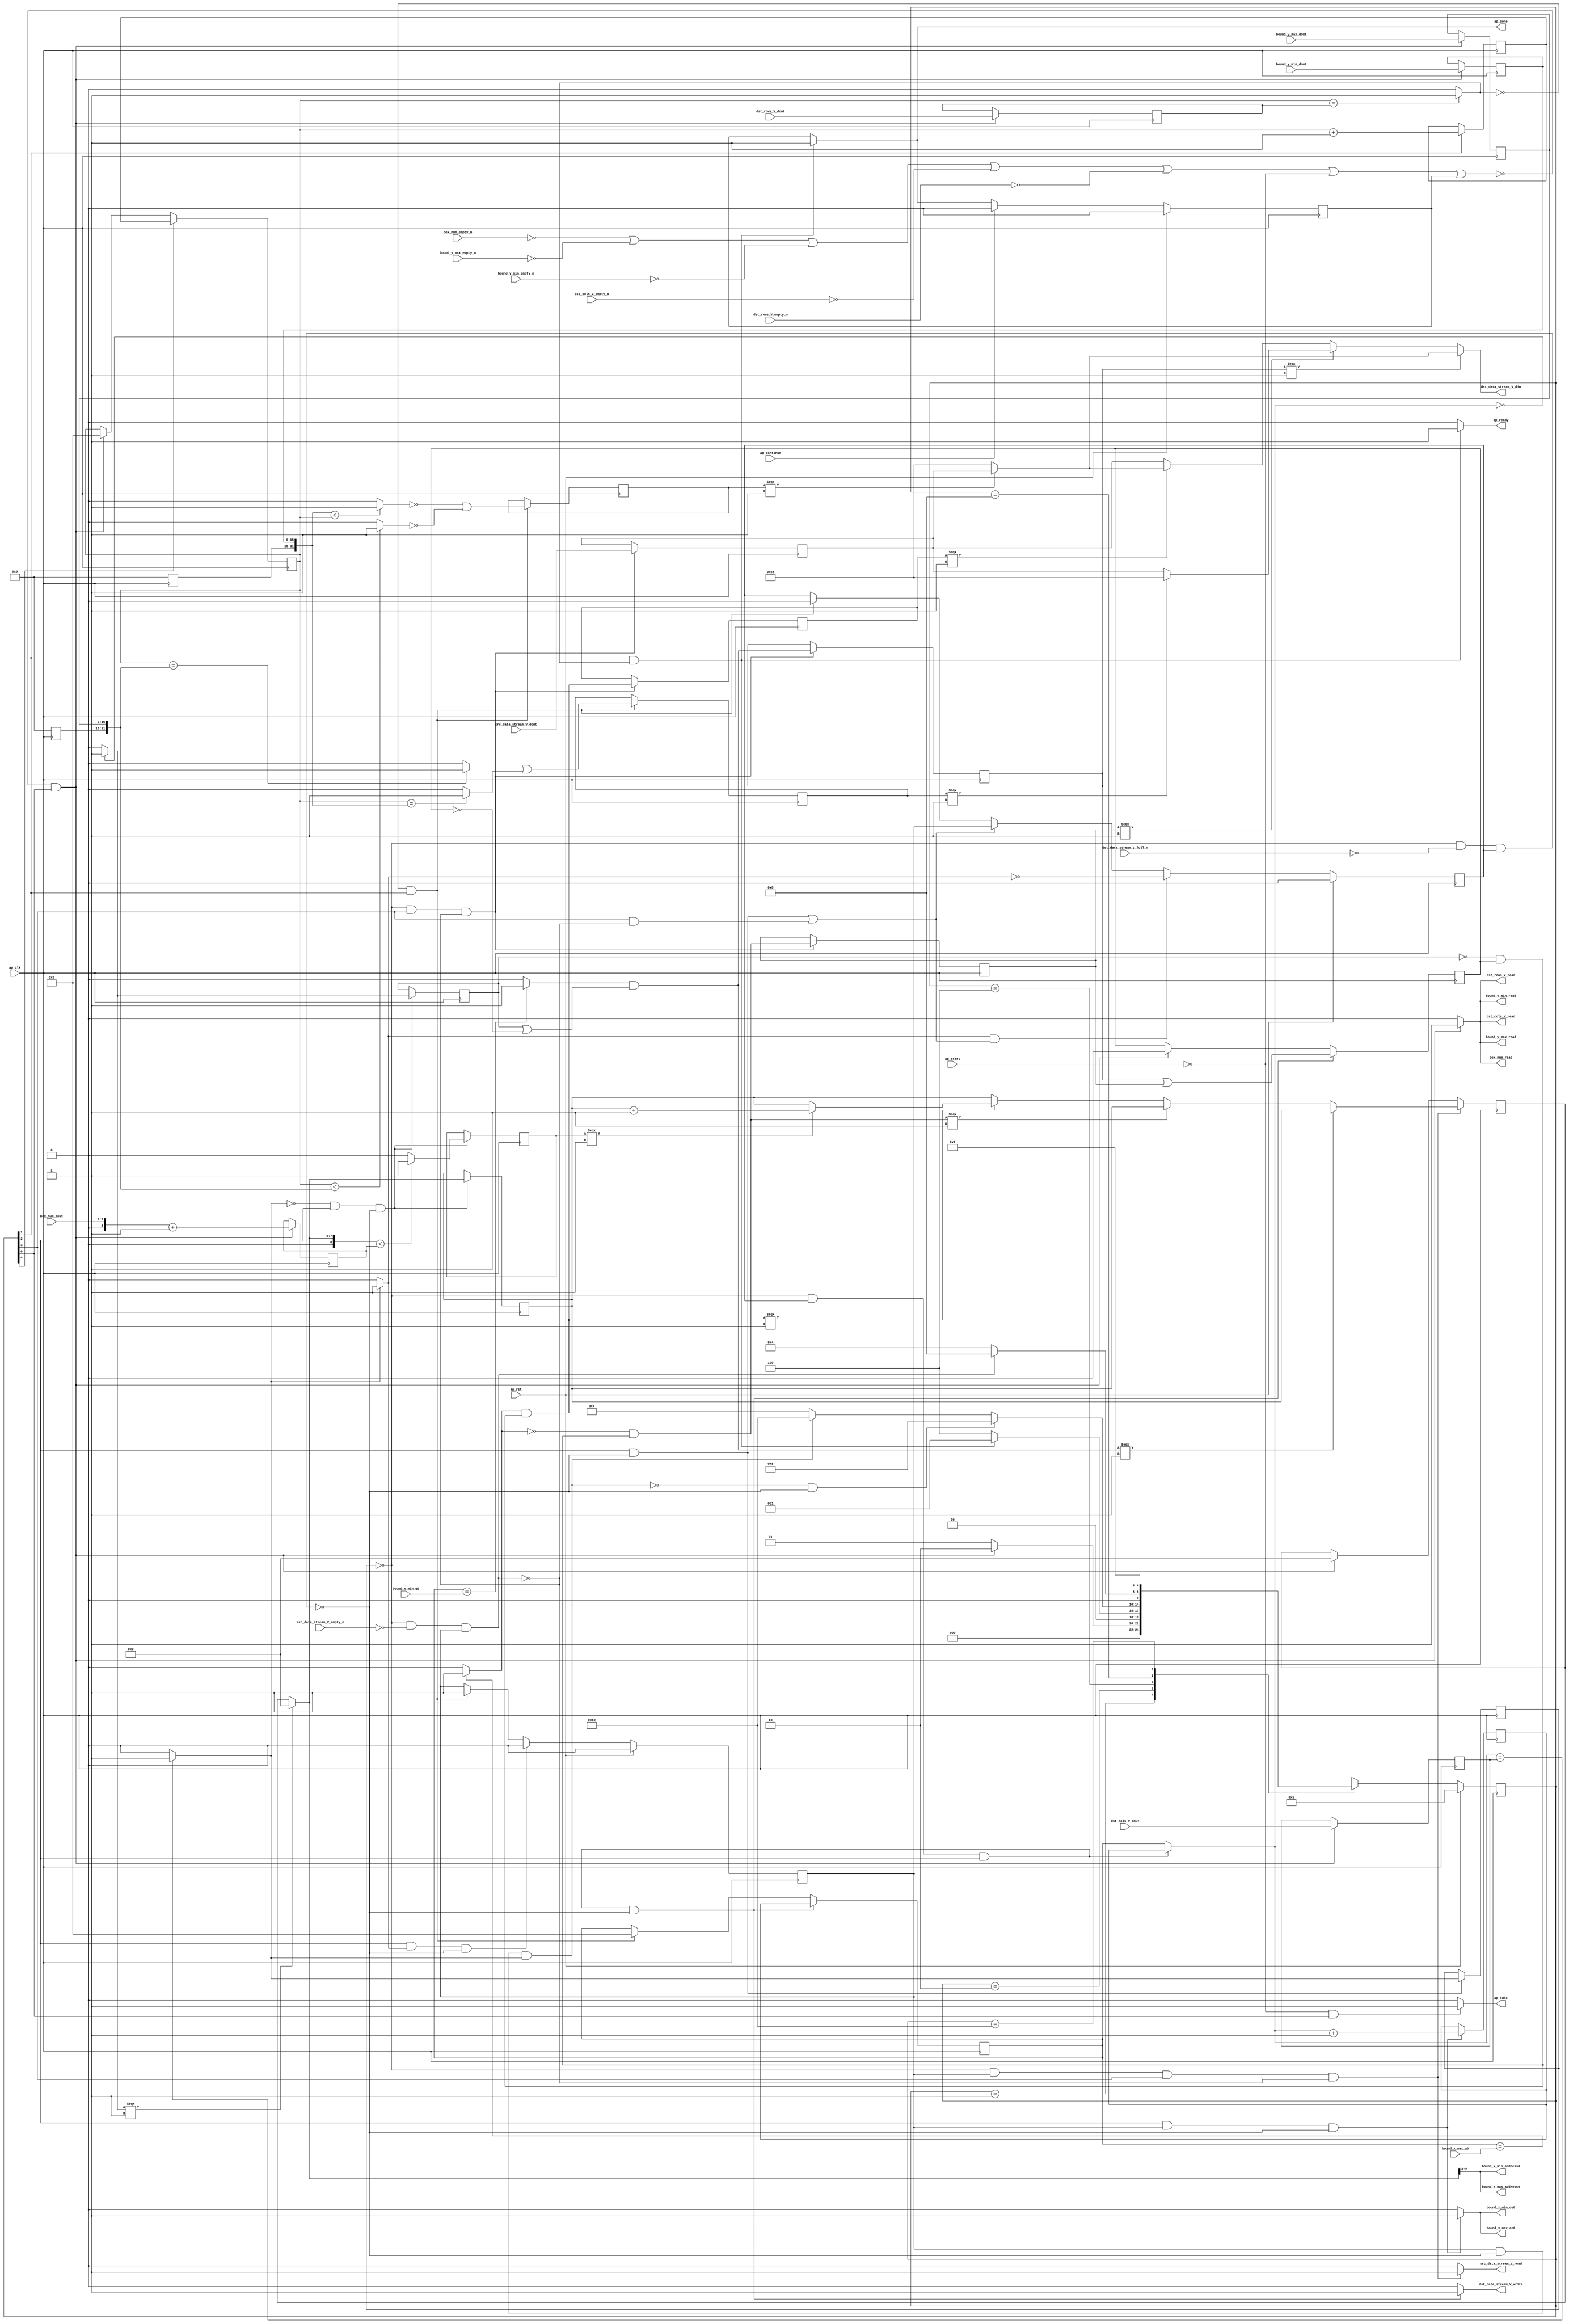
module draw_line (
        ap_clk,
        ap_rst,
        ap_start,
        ap_done,
        ap_continue,
        ap_idle,
        ap_ready,
        src_data_stream_V_dout,
        src_data_stream_V_empty_n,
        src_data_stream_V_read,
        dst_rows_V_dout,
        dst_rows_V_empty_n,
        dst_rows_V_read,
        dst_cols_V_dout,
        dst_cols_V_empty_n,
        dst_cols_V_read,
        dst_data_stream_V_din,
        dst_data_stream_V_full_n,
        dst_data_stream_V_write,
        bound_x_min_address0,
        bound_x_min_ce0,
        bound_x_min_q0,
        bound_x_max_address0,
        bound_x_max_ce0,
        bound_x_max_q0,
        bound_y_min_dout,
        bound_y_min_empty_n,
        bound_y_min_read,
        bound_y_max_dout,
        bound_y_max_empty_n,
        bound_y_max_read,
        box_num_dout,
        box_num_empty_n,
        box_num_read
);

parameter    ap_ST_fsm_state1 = 5'd1;
parameter    ap_ST_fsm_state2 = 5'd2;
parameter    ap_ST_fsm_pp0_stage0 = 5'd4;
parameter    ap_ST_fsm_pp0_stage1 = 5'd8;
parameter    ap_ST_fsm_state6 = 5'd16;

input   ap_clk;
input   ap_rst;
input   ap_start;
output   ap_done;
input   ap_continue;
output   ap_idle;
output   ap_ready;
input  [7:0] src_data_stream_V_dout;
input   src_data_stream_V_empty_n;
output   src_data_stream_V_read;
input  [31:0] dst_rows_V_dout;
input   dst_rows_V_empty_n;
output   dst_rows_V_read;
input  [31:0] dst_cols_V_dout;
input   dst_cols_V_empty_n;
output   dst_cols_V_read;
output  [7:0] dst_data_stream_V_din;
input   dst_data_stream_V_full_n;
output   dst_data_stream_V_write;
output  [2:0] bound_x_min_address0;
output   bound_x_min_ce0;
input  [15:0] bound_x_min_q0;
output  [2:0] bound_x_max_address0;
output   bound_x_max_ce0;
input  [15:0] bound_x_max_q0;
input  [15:0] bound_y_min_dout;
input   bound_y_min_empty_n;
output   bound_y_min_read;
input  [15:0] bound_y_max_dout;
input   bound_y_max_empty_n;
output   bound_y_max_read;
input  [7:0] box_num_dout;
input   box_num_empty_n;
output   box_num_read;

reg ap_done;
reg ap_idle;
reg ap_ready;
reg src_data_stream_V_read;
reg dst_rows_V_read;
reg dst_cols_V_read;
reg dst_data_stream_V_write;
reg bound_x_min_ce0;
reg bound_x_max_ce0;
reg bound_y_min_read;
reg bound_y_max_read;
reg box_num_read;

reg    ap_done_reg;
(* fsm_encoding = "none" *) reg   [4:0] ap_CS_fsm;
wire    ap_CS_fsm_state1;
reg    src_data_stream_V_blk_n;
wire    ap_CS_fsm_pp0_stage1;
reg    ap_enable_reg_pp0_iter0;
wire    ap_block_pp0_stage1;
reg   [0:0] exitcond_i_reg_600;
reg    dst_rows_V_blk_n;
reg    dst_cols_V_blk_n;
reg    dst_data_stream_V_blk_n;
wire    ap_CS_fsm_pp0_stage0;
reg    ap_enable_reg_pp0_iter1;
wire    ap_block_pp0_stage0;
reg    bound_y_min_blk_n;
reg    bound_y_max_blk_n;
reg    box_num_blk_n;
reg   [31:0] t_V_2_reg_254;
reg   [31:0] rows_V_reg_554;
reg    ap_block_state1;
reg   [31:0] cols_V_reg_559;
wire   [31:0] tmp_i_fu_266_p1;
reg   [31:0] tmp_i_reg_564;
wire   [31:0] tmp_8_i_fu_270_p1;
reg   [31:0] tmp_8_i_reg_570;
wire   [8:0] tmp_i_22_fu_278_p2;
reg   [8:0] tmp_i_22_reg_576;
wire   [0:0] exitcond2_i_fu_294_p2;
wire    ap_CS_fsm_state2;
wire   [31:0] i_V_fu_299_p2;
reg   [31:0] i_V_reg_585;
wire   [0:0] brmerge1_i_fu_337_p2;
reg   [0:0] brmerge1_i_reg_590;
wire   [0:0] brmerge2_i_fu_343_p2;
reg   [0:0] brmerge2_i_reg_595;
wire   [0:0] exitcond_i_fu_349_p2;
wire    ap_block_state3_pp0_stage0_iter0;
reg    ap_block_state5_pp0_stage0_iter1;
reg    ap_block_pp0_stage0_11001;
wire   [31:0] j_V_fu_354_p2;
reg   [31:0] j_V_reg_604;
wire   [0:0] tmp_3_i_fu_363_p2;
reg   [0:0] tmp_3_i_reg_609;
wire   [7:0] p_character_index_1_i_fu_369_p3;
reg   [7:0] p_character_index_1_i_reg_615;
wire   [0:0] tmp_14_i_fu_387_p2;
reg   [0:0] tmp_14_i_reg_634;
reg   [7:0] tmp_2_reg_639;
reg    ap_block_state4_pp0_stage1_iter0;
reg    ap_block_pp0_stage1_11001;
wire   [0:0] sel_tmp_fu_437_p2;
reg   [0:0] sel_tmp_reg_646;
wire   [0:0] sel_tmp3_fu_449_p2;
reg   [0:0] sel_tmp3_reg_651;
wire   [0:0] sel_tmp6_fu_466_p2;
reg   [0:0] sel_tmp6_reg_657;
reg    ap_block_pp0_stage0_subdone;
reg    ap_condition_pp0_exit_iter0_state3;
reg    ap_block_pp0_stage1_subdone;
reg   [31:0] t_V_reg_243;
wire    ap_CS_fsm_state6;
reg   [31:0] ap_phi_mux_t_V_2_phi_fu_258_p4;
wire   [63:0] tmp_4_i_fu_377_p1;
reg    ap_block_pp0_stage0_01001;
reg   [0:0] inBlock_i_fu_166;
wire   [0:0] inBlock_6_i_fu_531_p2;
reg   [7:0] character_index_i_fu_170;
wire   [7:0] character_index_5_i_fu_486_p3;
wire   [8:0] tmp_9_cast_i_fu_274_p1;
wire   [0:0] ult_fu_315_p2;
wire   [0:0] ult1_fu_326_p2;
wire   [0:0] rev_fu_320_p2;
wire   [0:0] rev1_fu_331_p2;
wire   [0:0] tmp_1_i_fu_305_p2;
wire   [0:0] tmp_2_i_fu_310_p2;
wire   [8:0] tmp_13_cast_i_fu_383_p1;
wire   [0:0] not_i_fu_395_p2;
wire   [31:0] tmp_6_i_fu_406_p1;
wire   [31:0] tmp_11_i_fu_416_p1;
wire   [7:0] tmp_15_i_fu_426_p2;
wire   [0:0] p_inBlock_1_i_fu_400_p2;
wire   [0:0] tmp_7_i_fu_410_p2;
wire   [0:0] sel_tmp2_fu_443_p2;
wire   [0:0] inBlock_1_i_not_fu_455_p2;
wire   [0:0] sel_tmp5_fu_461_p2;
wire   [0:0] tmp_12_i_fu_420_p2;
wire   [7:0] character_index_fu_431_p3;
wire   [7:0] sel_tmp9_fu_472_p3;
wire   [7:0] sel_tmp1_fu_479_p3;
wire   [7:0] d_val_0_1_fu_498_p3;
wire   [7:0] d_val_0_2_fu_504_p3;
wire   [7:0] d_val_0_3_fu_510_p3;
wire   [7:0] d_val_0_4_fu_516_p3;
reg   [4:0] ap_NS_fsm;
reg    ap_idle_pp0;
wire    ap_enable_pp0;

// power-on initialization
initial begin
#0 ap_done_reg = 1'b0;
#0 ap_CS_fsm = 5'd1;
#0 ap_enable_reg_pp0_iter0 = 1'b0;
#0 ap_enable_reg_pp0_iter1 = 1'b0;
end

always @ (posedge ap_clk) begin
    if (ap_rst == 1'b1) begin
        ap_CS_fsm <= ap_ST_fsm_state1;
    end else begin
        ap_CS_fsm <= ap_NS_fsm;
    end
end

always @ (posedge ap_clk) begin
    if (ap_rst == 1'b1) begin
        ap_done_reg <= 1'b0;
    end else begin
        if ((ap_continue == 1'b1)) begin
            ap_done_reg <= 1'b0;
        end else if (((1'b1 == ap_CS_fsm_state2) & (exitcond2_i_fu_294_p2 == 1'd1))) begin
            ap_done_reg <= 1'b1;
        end
    end
end

always @ (posedge ap_clk) begin
    if (ap_rst == 1'b1) begin
        ap_enable_reg_pp0_iter0 <= 1'b0;
    end else begin
        if (((1'b1 == ap_CS_fsm_pp0_stage0) & (1'b1 == ap_condition_pp0_exit_iter0_state3) & (1'b0 == ap_block_pp0_stage0_subdone))) begin
            ap_enable_reg_pp0_iter0 <= 1'b0;
        end else if (((exitcond2_i_fu_294_p2 == 1'd0) & (1'b1 == ap_CS_fsm_state2))) begin
            ap_enable_reg_pp0_iter0 <= 1'b1;
        end
    end
end

always @ (posedge ap_clk) begin
    if (ap_rst == 1'b1) begin
        ap_enable_reg_pp0_iter1 <= 1'b0;
    end else begin
        if (((1'b1 == ap_condition_pp0_exit_iter0_state3) & (((1'b1 == ap_CS_fsm_pp0_stage0) & (1'b0 == ap_block_pp0_stage0_subdone)) | ((1'b1 == ap_CS_fsm_pp0_stage1) & (1'b0 == ap_block_pp0_stage1_subdone))))) begin
            ap_enable_reg_pp0_iter1 <= (1'b1 ^ ap_condition_pp0_exit_iter0_state3);
        end else if ((((1'b1 == ap_CS_fsm_pp0_stage0) & (1'b0 == ap_block_pp0_stage0_subdone)) | ((1'b1 == ap_CS_fsm_pp0_stage1) & (1'b0 == ap_block_pp0_stage1_subdone)))) begin
            ap_enable_reg_pp0_iter1 <= ap_enable_reg_pp0_iter0;
        end else if (((exitcond2_i_fu_294_p2 == 1'd0) & (1'b1 == ap_CS_fsm_state2))) begin
            ap_enable_reg_pp0_iter1 <= 1'b0;
        end
    end
end

always @ (posedge ap_clk) begin
    if (((exitcond_i_reg_600 == 1'd0) & (ap_enable_reg_pp0_iter0 == 1'b1) & (1'b1 == ap_CS_fsm_pp0_stage1) & (1'b0 == ap_block_pp0_stage1_11001))) begin
        character_index_i_fu_170 <= character_index_5_i_fu_486_p3;
    end else if ((~((box_num_empty_n == 1'b0) | (bound_y_max_empty_n == 1'b0) | (bound_y_min_empty_n == 1'b0) | (dst_cols_V_empty_n == 1'b0) | (dst_rows_V_empty_n == 1'b0) | (ap_start == 1'b0) | (ap_done_reg == 1'b1)) & (1'b1 == ap_CS_fsm_state1))) begin
        character_index_i_fu_170 <= 8'd0;
    end
end

always @ (posedge ap_clk) begin
    if (((exitcond_i_reg_600 == 1'd0) & (ap_enable_reg_pp0_iter1 == 1'b1) & (1'b1 == ap_CS_fsm_pp0_stage0) & (1'b0 == ap_block_pp0_stage0_11001))) begin
        inBlock_i_fu_166 <= inBlock_6_i_fu_531_p2;
    end else if ((~((box_num_empty_n == 1'b0) | (bound_y_max_empty_n == 1'b0) | (bound_y_min_empty_n == 1'b0) | (dst_cols_V_empty_n == 1'b0) | (dst_rows_V_empty_n == 1'b0) | (ap_start == 1'b0) | (ap_done_reg == 1'b1)) & (1'b1 == ap_CS_fsm_state1))) begin
        inBlock_i_fu_166 <= 1'd0;
    end
end

always @ (posedge ap_clk) begin
    if (((exitcond_i_reg_600 == 1'd0) & (ap_enable_reg_pp0_iter1 == 1'b1) & (1'b1 == ap_CS_fsm_pp0_stage0) & (1'b0 == ap_block_pp0_stage0_11001))) begin
        t_V_2_reg_254 <= j_V_reg_604;
    end else if (((exitcond2_i_fu_294_p2 == 1'd0) & (1'b1 == ap_CS_fsm_state2))) begin
        t_V_2_reg_254 <= 32'd0;
    end
end

always @ (posedge ap_clk) begin
    if ((1'b1 == ap_CS_fsm_state6)) begin
        t_V_reg_243 <= i_V_reg_585;
    end else if ((~((box_num_empty_n == 1'b0) | (bound_y_max_empty_n == 1'b0) | (bound_y_min_empty_n == 1'b0) | (dst_cols_V_empty_n == 1'b0) | (dst_rows_V_empty_n == 1'b0) | (ap_start == 1'b0) | (ap_done_reg == 1'b1)) & (1'b1 == ap_CS_fsm_state1))) begin
        t_V_reg_243 <= 32'd0;
    end
end

always @ (posedge ap_clk) begin
    if (((exitcond2_i_fu_294_p2 == 1'd0) & (1'b1 == ap_CS_fsm_state2))) begin
        brmerge1_i_reg_590 <= brmerge1_i_fu_337_p2;
        brmerge2_i_reg_595 <= brmerge2_i_fu_343_p2;
    end
end

always @ (posedge ap_clk) begin
    if ((~((box_num_empty_n == 1'b0) | (bound_y_max_empty_n == 1'b0) | (bound_y_min_empty_n == 1'b0) | (dst_cols_V_empty_n == 1'b0) | (dst_rows_V_empty_n == 1'b0) | (ap_start == 1'b0) | (ap_done_reg == 1'b1)) & (1'b1 == ap_CS_fsm_state1))) begin
        cols_V_reg_559 <= dst_cols_V_dout;
        rows_V_reg_554 <= dst_rows_V_dout;
        tmp_8_i_reg_570[15 : 0] <= tmp_8_i_fu_270_p1[15 : 0];
        tmp_i_22_reg_576 <= tmp_i_22_fu_278_p2;
        tmp_i_reg_564[15 : 0] <= tmp_i_fu_266_p1[15 : 0];
    end
end

always @ (posedge ap_clk) begin
    if (((1'b1 == ap_CS_fsm_pp0_stage0) & (1'b0 == ap_block_pp0_stage0_11001))) begin
        exitcond_i_reg_600 <= exitcond_i_fu_349_p2;
    end
end

always @ (posedge ap_clk) begin
    if ((1'b1 == ap_CS_fsm_state2)) begin
        i_V_reg_585 <= i_V_fu_299_p2;
    end
end

always @ (posedge ap_clk) begin
    if (((1'b1 == ap_CS_fsm_pp0_stage0) & (ap_enable_reg_pp0_iter0 == 1'b1) & (1'b0 == ap_block_pp0_stage0_11001))) begin
        j_V_reg_604 <= j_V_fu_354_p2;
    end
end

always @ (posedge ap_clk) begin
    if (((exitcond_i_fu_349_p2 == 1'd0) & (1'b1 == ap_CS_fsm_pp0_stage0) & (1'b0 == ap_block_pp0_stage0_11001))) begin
        p_character_index_1_i_reg_615 <= p_character_index_1_i_fu_369_p3;
        tmp_14_i_reg_634 <= tmp_14_i_fu_387_p2;
        tmp_3_i_reg_609 <= tmp_3_i_fu_363_p2;
    end
end

always @ (posedge ap_clk) begin
    if (((exitcond_i_reg_600 == 1'd0) & (1'b1 == ap_CS_fsm_pp0_stage1) & (1'b0 == ap_block_pp0_stage1_11001))) begin
        sel_tmp3_reg_651 <= sel_tmp3_fu_449_p2;
        sel_tmp6_reg_657 <= sel_tmp6_fu_466_p2;
        sel_tmp_reg_646 <= sel_tmp_fu_437_p2;
        tmp_2_reg_639 <= src_data_stream_V_dout;
    end
end

always @ (*) begin
    if ((exitcond_i_fu_349_p2 == 1'd1)) begin
        ap_condition_pp0_exit_iter0_state3 = 1'b1;
    end else begin
        ap_condition_pp0_exit_iter0_state3 = 1'b0;
    end
end

always @ (*) begin
    if (((1'b1 == ap_CS_fsm_state2) & (exitcond2_i_fu_294_p2 == 1'd1))) begin
        ap_done = 1'b1;
    end else begin
        ap_done = ap_done_reg;
    end
end

always @ (*) begin
    if (((ap_start == 1'b0) & (1'b1 == ap_CS_fsm_state1))) begin
        ap_idle = 1'b1;
    end else begin
        ap_idle = 1'b0;
    end
end

always @ (*) begin
    if (((ap_enable_reg_pp0_iter1 == 1'b0) & (ap_enable_reg_pp0_iter0 == 1'b0))) begin
        ap_idle_pp0 = 1'b1;
    end else begin
        ap_idle_pp0 = 1'b0;
    end
end

always @ (*) begin
    if (((1'b0 == ap_block_pp0_stage0) & (exitcond_i_reg_600 == 1'd0) & (ap_enable_reg_pp0_iter1 == 1'b1) & (1'b1 == ap_CS_fsm_pp0_stage0))) begin
        ap_phi_mux_t_V_2_phi_fu_258_p4 = j_V_reg_604;
    end else begin
        ap_phi_mux_t_V_2_phi_fu_258_p4 = t_V_2_reg_254;
    end
end

always @ (*) begin
    if (((1'b1 == ap_CS_fsm_state2) & (exitcond2_i_fu_294_p2 == 1'd1))) begin
        ap_ready = 1'b1;
    end else begin
        ap_ready = 1'b0;
    end
end

always @ (*) begin
    if (((1'b1 == ap_CS_fsm_pp0_stage0) & (ap_enable_reg_pp0_iter0 == 1'b1) & (1'b0 == ap_block_pp0_stage0_11001))) begin
        bound_x_max_ce0 = 1'b1;
    end else begin
        bound_x_max_ce0 = 1'b0;
    end
end

always @ (*) begin
    if (((1'b1 == ap_CS_fsm_pp0_stage0) & (ap_enable_reg_pp0_iter0 == 1'b1) & (1'b0 == ap_block_pp0_stage0_11001))) begin
        bound_x_min_ce0 = 1'b1;
    end else begin
        bound_x_min_ce0 = 1'b0;
    end
end

always @ (*) begin
    if ((~((ap_start == 1'b0) | (ap_done_reg == 1'b1)) & (1'b1 == ap_CS_fsm_state1))) begin
        bound_y_max_blk_n = bound_y_max_empty_n;
    end else begin
        bound_y_max_blk_n = 1'b1;
    end
end

always @ (*) begin
    if ((~((box_num_empty_n == 1'b0) | (bound_y_max_empty_n == 1'b0) | (bound_y_min_empty_n == 1'b0) | (dst_cols_V_empty_n == 1'b0) | (dst_rows_V_empty_n == 1'b0) | (ap_start == 1'b0) | (ap_done_reg == 1'b1)) & (1'b1 == ap_CS_fsm_state1))) begin
        bound_y_max_read = 1'b1;
    end else begin
        bound_y_max_read = 1'b0;
    end
end

always @ (*) begin
    if ((~((ap_start == 1'b0) | (ap_done_reg == 1'b1)) & (1'b1 == ap_CS_fsm_state1))) begin
        bound_y_min_blk_n = bound_y_min_empty_n;
    end else begin
        bound_y_min_blk_n = 1'b1;
    end
end

always @ (*) begin
    if ((~((box_num_empty_n == 1'b0) | (bound_y_max_empty_n == 1'b0) | (bound_y_min_empty_n == 1'b0) | (dst_cols_V_empty_n == 1'b0) | (dst_rows_V_empty_n == 1'b0) | (ap_start == 1'b0) | (ap_done_reg == 1'b1)) & (1'b1 == ap_CS_fsm_state1))) begin
        bound_y_min_read = 1'b1;
    end else begin
        bound_y_min_read = 1'b0;
    end
end

always @ (*) begin
    if ((~((ap_start == 1'b0) | (ap_done_reg == 1'b1)) & (1'b1 == ap_CS_fsm_state1))) begin
        box_num_blk_n = box_num_empty_n;
    end else begin
        box_num_blk_n = 1'b1;
    end
end

always @ (*) begin
    if ((~((box_num_empty_n == 1'b0) | (bound_y_max_empty_n == 1'b0) | (bound_y_min_empty_n == 1'b0) | (dst_cols_V_empty_n == 1'b0) | (dst_rows_V_empty_n == 1'b0) | (ap_start == 1'b0) | (ap_done_reg == 1'b1)) & (1'b1 == ap_CS_fsm_state1))) begin
        box_num_read = 1'b1;
    end else begin
        box_num_read = 1'b0;
    end
end

always @ (*) begin
    if ((~((ap_start == 1'b0) | (ap_done_reg == 1'b1)) & (1'b1 == ap_CS_fsm_state1))) begin
        dst_cols_V_blk_n = dst_cols_V_empty_n;
    end else begin
        dst_cols_V_blk_n = 1'b1;
    end
end

always @ (*) begin
    if ((~((box_num_empty_n == 1'b0) | (bound_y_max_empty_n == 1'b0) | (bound_y_min_empty_n == 1'b0) | (dst_cols_V_empty_n == 1'b0) | (dst_rows_V_empty_n == 1'b0) | (ap_start == 1'b0) | (ap_done_reg == 1'b1)) & (1'b1 == ap_CS_fsm_state1))) begin
        dst_cols_V_read = 1'b1;
    end else begin
        dst_cols_V_read = 1'b0;
    end
end

always @ (*) begin
    if (((1'b0 == ap_block_pp0_stage0) & (exitcond_i_reg_600 == 1'd0) & (ap_enable_reg_pp0_iter1 == 1'b1) & (1'b1 == ap_CS_fsm_pp0_stage0))) begin
        dst_data_stream_V_blk_n = dst_data_stream_V_full_n;
    end else begin
        dst_data_stream_V_blk_n = 1'b1;
    end
end

always @ (*) begin
    if (((exitcond_i_reg_600 == 1'd0) & (ap_enable_reg_pp0_iter1 == 1'b1) & (1'b1 == ap_CS_fsm_pp0_stage0) & (1'b0 == ap_block_pp0_stage0_11001))) begin
        dst_data_stream_V_write = 1'b1;
    end else begin
        dst_data_stream_V_write = 1'b0;
    end
end

always @ (*) begin
    if ((~((ap_start == 1'b0) | (ap_done_reg == 1'b1)) & (1'b1 == ap_CS_fsm_state1))) begin
        dst_rows_V_blk_n = dst_rows_V_empty_n;
    end else begin
        dst_rows_V_blk_n = 1'b1;
    end
end

always @ (*) begin
    if ((~((box_num_empty_n == 1'b0) | (bound_y_max_empty_n == 1'b0) | (bound_y_min_empty_n == 1'b0) | (dst_cols_V_empty_n == 1'b0) | (dst_rows_V_empty_n == 1'b0) | (ap_start == 1'b0) | (ap_done_reg == 1'b1)) & (1'b1 == ap_CS_fsm_state1))) begin
        dst_rows_V_read = 1'b1;
    end else begin
        dst_rows_V_read = 1'b0;
    end
end

always @ (*) begin
    if (((exitcond_i_reg_600 == 1'd0) & (1'b0 == ap_block_pp0_stage1) & (ap_enable_reg_pp0_iter0 == 1'b1) & (1'b1 == ap_CS_fsm_pp0_stage1))) begin
        src_data_stream_V_blk_n = src_data_stream_V_empty_n;
    end else begin
        src_data_stream_V_blk_n = 1'b1;
    end
end

always @ (*) begin
    if (((exitcond_i_reg_600 == 1'd0) & (ap_enable_reg_pp0_iter0 == 1'b1) & (1'b1 == ap_CS_fsm_pp0_stage1) & (1'b0 == ap_block_pp0_stage1_11001))) begin
        src_data_stream_V_read = 1'b1;
    end else begin
        src_data_stream_V_read = 1'b0;
    end
end

always @ (*) begin
    case (ap_CS_fsm)
        ap_ST_fsm_state1 : begin
            if ((~((box_num_empty_n == 1'b0) | (bound_y_max_empty_n == 1'b0) | (bound_y_min_empty_n == 1'b0) | (dst_cols_V_empty_n == 1'b0) | (dst_rows_V_empty_n == 1'b0) | (ap_start == 1'b0) | (ap_done_reg == 1'b1)) & (1'b1 == ap_CS_fsm_state1))) begin
                ap_NS_fsm = ap_ST_fsm_state2;
            end else begin
                ap_NS_fsm = ap_ST_fsm_state1;
            end
        end
        ap_ST_fsm_state2 : begin
            if (((1'b1 == ap_CS_fsm_state2) & (exitcond2_i_fu_294_p2 == 1'd1))) begin
                ap_NS_fsm = ap_ST_fsm_state1;
            end else begin
                ap_NS_fsm = ap_ST_fsm_pp0_stage0;
            end
        end
        ap_ST_fsm_pp0_stage0 : begin
            if ((~((ap_enable_reg_pp0_iter0 == 1'b1) & (1'b0 == ap_block_pp0_stage0_subdone) & (exitcond_i_fu_349_p2 == 1'd1)) & (1'b0 == ap_block_pp0_stage0_subdone))) begin
                ap_NS_fsm = ap_ST_fsm_pp0_stage1;
            end else if (((ap_enable_reg_pp0_iter0 == 1'b1) & (1'b0 == ap_block_pp0_stage0_subdone) & (exitcond_i_fu_349_p2 == 1'd1))) begin
                ap_NS_fsm = ap_ST_fsm_state6;
            end else begin
                ap_NS_fsm = ap_ST_fsm_pp0_stage0;
            end
        end
        ap_ST_fsm_pp0_stage1 : begin
            if ((1'b0 == ap_block_pp0_stage1_subdone)) begin
                ap_NS_fsm = ap_ST_fsm_pp0_stage0;
            end else begin
                ap_NS_fsm = ap_ST_fsm_pp0_stage1;
            end
        end
        ap_ST_fsm_state6 : begin
            ap_NS_fsm = ap_ST_fsm_state2;
        end
        default : begin
            ap_NS_fsm = 'bx;
        end
    endcase
end

assign ap_CS_fsm_pp0_stage0 = ap_CS_fsm[32'd2];

assign ap_CS_fsm_pp0_stage1 = ap_CS_fsm[32'd3];

assign ap_CS_fsm_state1 = ap_CS_fsm[32'd0];

assign ap_CS_fsm_state2 = ap_CS_fsm[32'd1];

assign ap_CS_fsm_state6 = ap_CS_fsm[32'd4];

assign ap_block_pp0_stage0 = ~(1'b1 == 1'b1);

always @ (*) begin
    ap_block_pp0_stage0_01001 = ((exitcond_i_reg_600 == 1'd0) & (dst_data_stream_V_full_n == 1'b0) & (ap_enable_reg_pp0_iter1 == 1'b1));
end

always @ (*) begin
    ap_block_pp0_stage0_11001 = ((exitcond_i_reg_600 == 1'd0) & (dst_data_stream_V_full_n == 1'b0) & (ap_enable_reg_pp0_iter1 == 1'b1));
end

always @ (*) begin
    ap_block_pp0_stage0_subdone = ((exitcond_i_reg_600 == 1'd0) & (dst_data_stream_V_full_n == 1'b0) & (ap_enable_reg_pp0_iter1 == 1'b1));
end

assign ap_block_pp0_stage1 = ~(1'b1 == 1'b1);

always @ (*) begin
    ap_block_pp0_stage1_11001 = ((exitcond_i_reg_600 == 1'd0) & (src_data_stream_V_empty_n == 1'b0) & (ap_enable_reg_pp0_iter0 == 1'b1));
end

always @ (*) begin
    ap_block_pp0_stage1_subdone = ((exitcond_i_reg_600 == 1'd0) & (src_data_stream_V_empty_n == 1'b0) & (ap_enable_reg_pp0_iter0 == 1'b1));
end

always @ (*) begin
    ap_block_state1 = ((box_num_empty_n == 1'b0) | (bound_y_max_empty_n == 1'b0) | (bound_y_min_empty_n == 1'b0) | (dst_cols_V_empty_n == 1'b0) | (dst_rows_V_empty_n == 1'b0) | (ap_start == 1'b0) | (ap_done_reg == 1'b1));
end

assign ap_block_state3_pp0_stage0_iter0 = ~(1'b1 == 1'b1);

always @ (*) begin
    ap_block_state4_pp0_stage1_iter0 = ((exitcond_i_reg_600 == 1'd0) & (src_data_stream_V_empty_n == 1'b0));
end

always @ (*) begin
    ap_block_state5_pp0_stage0_iter1 = ((exitcond_i_reg_600 == 1'd0) & (dst_data_stream_V_full_n == 1'b0));
end

assign ap_enable_pp0 = (ap_idle_pp0 ^ 1'b1);

assign bound_x_max_address0 = tmp_4_i_fu_377_p1;

assign bound_x_min_address0 = tmp_4_i_fu_377_p1;

assign brmerge1_i_fu_337_p2 = (rev_fu_320_p2 | rev1_fu_331_p2);

assign brmerge2_i_fu_343_p2 = (tmp_2_i_fu_310_p2 | tmp_1_i_fu_305_p2);

assign character_index_5_i_fu_486_p3 = ((sel_tmp6_fu_466_p2[0:0] === 1'b1) ? p_character_index_1_i_reg_615 : sel_tmp1_fu_479_p3);

assign character_index_fu_431_p3 = ((tmp_14_i_reg_634[0:0] === 1'b1) ? tmp_15_i_fu_426_p2 : p_character_index_1_i_reg_615);

assign d_val_0_1_fu_498_p3 = ((brmerge1_i_reg_590[0:0] === 1'b1) ? tmp_2_reg_639 : 8'd200);

assign d_val_0_2_fu_504_p3 = ((brmerge2_i_reg_595[0:0] === 1'b1) ? 8'd200 : tmp_2_reg_639);

assign d_val_0_3_fu_510_p3 = ((sel_tmp_reg_646[0:0] === 1'b1) ? d_val_0_1_fu_498_p3 : tmp_2_reg_639);

assign d_val_0_4_fu_516_p3 = ((sel_tmp3_reg_651[0:0] === 1'b1) ? d_val_0_2_fu_504_p3 : d_val_0_3_fu_510_p3);

assign dst_data_stream_V_din = ((sel_tmp6_reg_657[0:0] === 1'b1) ? d_val_0_1_fu_498_p3 : d_val_0_4_fu_516_p3);

assign exitcond2_i_fu_294_p2 = ((t_V_reg_243 == rows_V_reg_554) ? 1'b1 : 1'b0);

assign exitcond_i_fu_349_p2 = ((ap_phi_mux_t_V_2_phi_fu_258_p4 == cols_V_reg_559) ? 1'b1 : 1'b0);

assign i_V_fu_299_p2 = (t_V_reg_243 + 32'd1);

assign inBlock_1_i_not_fu_455_p2 = (inBlock_i_fu_166 ^ 1'd1);

assign inBlock_6_i_fu_531_p2 = (sel_tmp6_reg_657 | sel_tmp3_reg_651);

assign j_V_fu_354_p2 = (ap_phi_mux_t_V_2_phi_fu_258_p4 + 32'd1);

assign not_i_fu_395_p2 = (tmp_3_i_reg_609 ^ 1'd1);

assign p_character_index_1_i_fu_369_p3 = ((tmp_3_i_fu_363_p2[0:0] === 1'b1) ? 8'd0 : character_index_i_fu_170);

assign p_inBlock_1_i_fu_400_p2 = (not_i_fu_395_p2 & inBlock_i_fu_166);

assign rev1_fu_331_p2 = (ult1_fu_326_p2 ^ 1'd1);

assign rev_fu_320_p2 = (ult_fu_315_p2 ^ 1'd1);

assign sel_tmp1_fu_479_p3 = ((sel_tmp3_fu_449_p2[0:0] === 1'b1) ? p_character_index_1_i_reg_615 : sel_tmp9_fu_472_p3);

assign sel_tmp2_fu_443_p2 = (tmp_7_i_fu_410_p2 ^ 1'd1);

assign sel_tmp3_fu_449_p2 = (sel_tmp2_fu_443_p2 & p_inBlock_1_i_fu_400_p2);

assign sel_tmp5_fu_461_p2 = (tmp_3_i_reg_609 | inBlock_1_i_not_fu_455_p2);

assign sel_tmp6_fu_466_p2 = (tmp_12_i_fu_420_p2 & sel_tmp5_fu_461_p2);

assign sel_tmp9_fu_472_p3 = ((sel_tmp_fu_437_p2[0:0] === 1'b1) ? character_index_fu_431_p3 : p_character_index_1_i_reg_615);

assign sel_tmp_fu_437_p2 = (tmp_7_i_fu_410_p2 & p_inBlock_1_i_fu_400_p2);

assign tmp_11_i_fu_416_p1 = bound_x_min_q0;

assign tmp_12_i_fu_420_p2 = ((t_V_2_reg_254 == tmp_11_i_fu_416_p1) ? 1'b1 : 1'b0);

assign tmp_13_cast_i_fu_383_p1 = p_character_index_1_i_fu_369_p3;

assign tmp_14_i_fu_387_p2 = (($signed(tmp_13_cast_i_fu_383_p1) < $signed(tmp_i_22_reg_576)) ? 1'b1 : 1'b0);

assign tmp_15_i_fu_426_p2 = (p_character_index_1_i_reg_615 + 8'd1);

assign tmp_1_i_fu_305_p2 = ((t_V_reg_243 == tmp_i_reg_564) ? 1'b1 : 1'b0);

assign tmp_2_i_fu_310_p2 = ((t_V_reg_243 == tmp_8_i_reg_570) ? 1'b1 : 1'b0);

assign tmp_3_i_fu_363_p2 = ((ap_phi_mux_t_V_2_phi_fu_258_p4 == 32'd0) ? 1'b1 : 1'b0);

assign tmp_4_i_fu_377_p1 = p_character_index_1_i_fu_369_p3;

assign tmp_6_i_fu_406_p1 = bound_x_max_q0;

assign tmp_7_i_fu_410_p2 = ((t_V_2_reg_254 == tmp_6_i_fu_406_p1) ? 1'b1 : 1'b0);

assign tmp_8_i_fu_270_p1 = bound_y_max_dout;

assign tmp_9_cast_i_fu_274_p1 = box_num_dout;

assign tmp_i_22_fu_278_p2 = ($signed(tmp_9_cast_i_fu_274_p1) + $signed(9'd511));

assign tmp_i_fu_266_p1 = bound_y_min_dout;

assign ult1_fu_326_p2 = ((t_V_reg_243 < tmp_8_i_reg_570) ? 1'b1 : 1'b0);

assign ult_fu_315_p2 = ((tmp_i_reg_564 < t_V_reg_243) ? 1'b1 : 1'b0);

always @ (posedge ap_clk) begin
    tmp_i_reg_564[31:16] <= 16'b0000000000000000;
    tmp_8_i_reg_570[31:16] <= 16'b0000000000000000;
end

endmodule